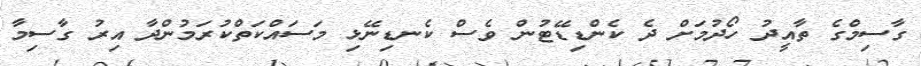
ގާސިމްގެ ތާއީދު ހޯދުމަށް ދެ ކެންޑިޑޭޓުން ވެސް ކެނޑިނޭޅި މަސައްކަތްކުރަމުންދާ އިރު ގާސިމާ